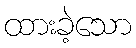
ထားခဲ့သော